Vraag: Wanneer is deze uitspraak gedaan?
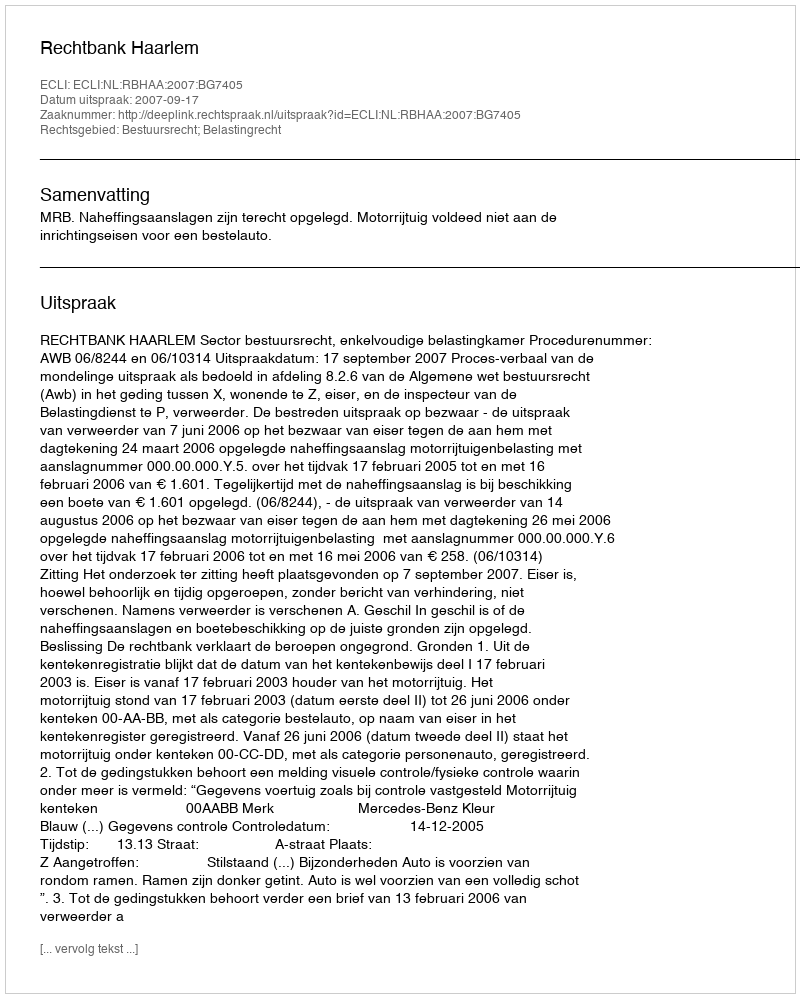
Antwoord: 2007-09-17